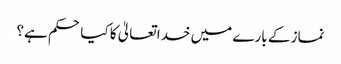
نماز کے بارے میں خدا تعالیٰ کا کیا حکم ہے؟